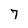
Character: 7